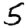
Digit: 5